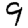
Digit: 9